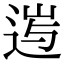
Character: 𨓂